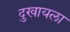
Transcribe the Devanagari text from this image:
दुखायला